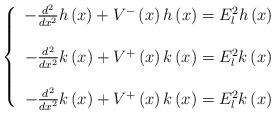
LaTeX: \begin{align*}\left\{ \begin{array}{c}-\frac{d^2}{dx^2}h\left( x\right) +V^{-}\left( x\right) h\left( x\right)=E_l^2h\left( x\right) \\ \\ -\frac{d^2}{dx^2}k\left( x\right) +V^{+}\left( x\right) k\left( x\right)=E_l^2k\left( x\right) \\ \\ -\frac{d^2}{dx^2}k\left( x\right) +V^{+}\left( x\right) k\left( x\right)=E_l^2k\left( x\right)\end{array}\right. \end{align*}